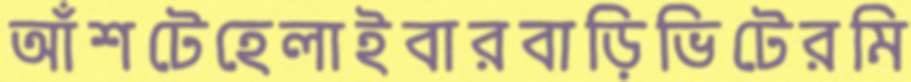
আঁশটেহেলাইবারবাড়িভিটেরমি